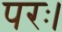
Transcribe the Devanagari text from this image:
परः।